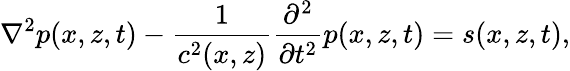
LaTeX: \nabla^{2}p(x,z,t)-\frac{1}{c^{2}(x,z)}\frac{\partial^{2}}{\partial t^{2}}p(x,z,t)=s(x,z,t),